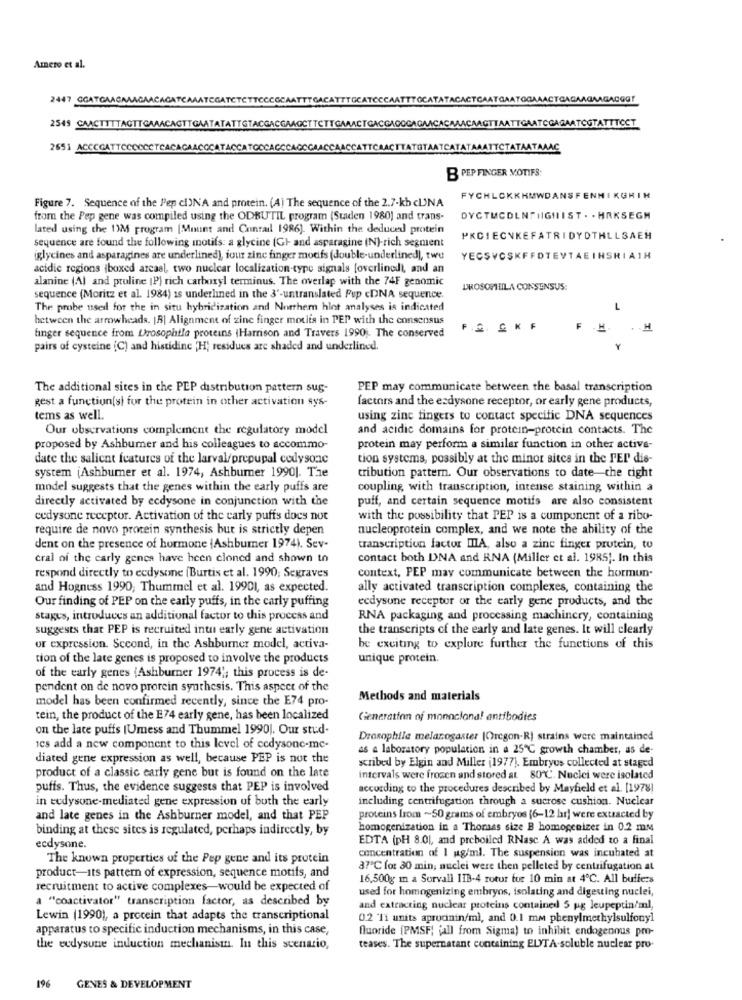
Amero et al.
2447 GGATGAAGAMAGAACACATCAAATEGATETETTCCC
ACACTGAATGAATOG
BAGAAO
VACAAGTTAATTGAATCGAGAATCGTATTTOCT
2549 CAACTITTAGTTGAAACAGTTGAATATATTGTACGACGAAGCTTCTTGAAACTGACGAGOGAGAAC/
2651 ACCOGATTCCCCCCTCACAGAACOCATACCATOCCACCCACC
CTTATGTAATCATATAAATTCTATAATAAAC
B PEP FINGER MOTIFS:
Figure 7. Sequence of the P'ep cl)N'A and protein. (A) The sequence of the 2.7-kb cUNA
FYCHLCKKHMWDANSFENNIKGRIN
from the Pep gene was compiled using the ODBUTIL program (Staden 1980) and trans-
DYCTMCDLNSIGHTIST . . HRKSEGH
lated using the I'M program [Mount and Conrail 1986). Within the deduced protein
sequence are found the following motifs: a glycine (Gl and asparagine (N)-rich segment
PRCIECNKEFATRIDYDTHLLSAEH
iglycines and asparagines are underlined), four zinc finger motifs (double-underlined), twe
YECŞVOSKFFDTEVTAEIHSRIAIH
acidic regions {boxed arcasl, two nuclear localization-type signals [overlinedi, and an
alanine (Al and proline (P) rich carboxyl terminus. The overlap with the 74F genomic
DROSOPHILA CONSENSUS:
sequence (Moritz et al. 1984) is underlined in the 3'-untranslated Pup cDNA sequence.
The probe used for the in situ hybridization and Northern hint analyses is indicated
L
hetween the arrowheads. [B] Alignment of zinc finger moulis in PEP with the consensus
finger sequence from Drosophtla proteins |Harrison and Travers 1990 ;. The conserved
F.S. SK F
H
pairs of cysteine (C) and histidine "H; residues are shaded and underlined,
The additional sites in the PEP distribution pattern sug-
PEP may communicate between the basal transcription
Rest a function(s) for the protein in other activation sys-
factors and the esdysone receptor, or early gene products,
tems as well.
using zinc fingers to contact specific DNA sequences
Our observations complement the regulatory model
and acidic domains for protein-protein contacts. The
proposed by Ashburner and his colleagues to accommo-
protein may perform a similar function in other active-
date the salient features of the larval/prepupal cedysonc
tion systems, possibly at the minor sites in the PER dis-
system jAshbumer et al. 1974, Ashburner 1990]. The
tribution pattern. Our observations to date che right
model suggests that the genes within the early puffs are
coupling with transcription, intense staining, within a
directly activated by ecdysone in conjunction with the
puff, and certain sequence motifs are also consistent
cedysone receptor. Activation of the carly puffs does not
with the possibility that PEP is a component of a ribu-
require de novo protein synthesis but is strictly depen
nucleoprotein complex, and we note the ability of the
dent on the presence of hormone (Ashbumer 1974). Sev-
transcription factor IIIA, also a zinc finger protein, to
cral of the carly genes have heen cloned and shown to
contact both DNA and RNA (Miller et al. 1985). In this
respond directly to ecdysone (Burtis et al. 1990; Segraves
context, PEP may communicate between the hormun-
and Hogness 1990; Thummel et al. 19901, as expected.
ally activated transcription complexes, containing the
ecdysune receptor of the early gene products, and the
Our finding of PEP on the early puffs, in the carly puffing
stages, introduces an additional factor to this process and
RNA packaging and processing machinery, containing
suggests that PEP is recruited intu early gene activation
the transcripts of the early and late genes. It will clearly
or expression. Second, in the Ashburner model, activa-
be exciting to explore further the functions of this
tion of the late genes is proposed to involve the products
unique protein.
of the early genes (Ashburner 1974"; this process is de-
pendent on de novo protein synthesis. This aspect of the
model has been confirmed recently, since the E74 pro-
Methods and materials
tein, the product of the E74 early gene, has been localized
Generation of monoclona! antibodies
on the late puffs (Umess and Thummel 1990). Our stud-
Drosophile melarogaster [Oregon-Rj strains were maintained
ies add a new component to this level of ccdysonc-me-
as a laboratory population in a 25℃ growth chamber, as de-
diated gene expression as well, because PEP is not the
scribed by Elgin and Miller (1977). Embryos collected at staged
product of a classic early gene but is found on the late
intervals were frozen and stored at 80℃. Nuclei were isolated
puffs. Thus, the evidence suggests that PEP is involved
according to the procedures described by Mayfield et al. [1978]
in ecdysone-mediated gene expression of both the early
including centrifugation through a sucrose cushion. Nuclear
and late genes in the Ashburner model, and that PEP
proteins from ~50 grams of embryos (6-12 har] were extracted by
binding at these sites is regulated, perhaps indirectly, by
homogenization in a Thomas size B homogenizer in 0.2 mm
EDTA (pH 8.01, and preboiled RNase A was added to a final
ecdysone.
concentration of I ug/ml. The suspension was incubated at
The known properties of the Pep gene and its protein
product-its pattern of expression, sequence motifs, and
37'℃ for 30 min, nuclei were then pelleted by centrifugation at
16,500g m a Sorvall 11B-4 rotur for 10 min at 4ºC. All buliczs
recruitment to active complexes-would be expected of
used for homogenizing embryos, isolating and digesting nuclei,
a "coactivator" transcription factor, as described by
and extracting nuclear proteins contained 5 ug leupeptin/ml,
Lewin (1990), a procein that adapts the transcriptional
0.2 Ti units aprocinin/ml, and 0.1 mm phenylmethylsulfony]
apparatus to specific induction mechanisms, in this case,
fluoride [PMSF) (all from Sigma) to inhibit endogenous pro-
the ecdysune induction mechanismn. In this scenario,
teases. The supernatant containing ELYTA-soluble nuclear pro-
196
GENES & DEVELOPMENT